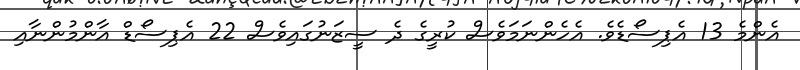
އެންމެ 13 އެޕިސޯޑެވެ. އެހެންނަމަވެސް ކުރީގެ ދެ ސީޒަނުގައިވެސް 22 އެޕިސޯޑް އާންމުންނާއި